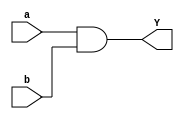
module and_data(a,b,Y);
input a,b;
output Y;
assign Y=a&b;
endmodule